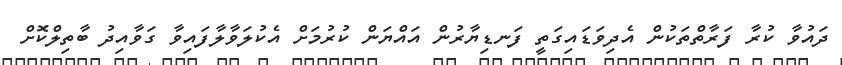
ދައުވާ ކުރާ ފަރާތްތަކުން އެދިވަޑައިގަތީ ފަނޑިޔާރުން އައްޔަން ކުރުމަށް އެކުލަވާލާފައިވާ ގަވާއިދު ބާތިލްކޮށް